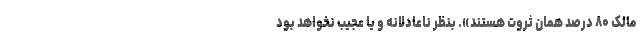
مالک ۸۰ درصد همان ثروت هستند». بنظر ناعادلانه و یا عجیب نخواهد بود